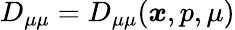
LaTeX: D_{\mu\mu}=D_{\mu\mu}(\boldsymbol{x},p,\mu)